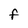
Character: F